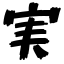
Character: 実